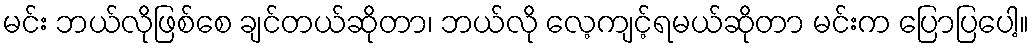
မင်း ဘယ်လိုဖြစ်စေ ချင်တယ်ဆိုတာ၊ ဘယ်လို လေ့ကျင့်ရမယ်ဆိုတာ မင်းက ပြောပြပေါ့။